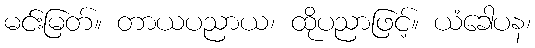
မင်းမြတ်။ တာယပညာယ၊ ထိုပညာဖြင့်။ ယံခေါပန၊